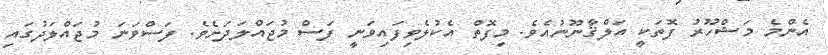
އެންމެ މަޝްހޫރު ފޮތަކީ އަލްޤާނޫނުއެވެ. މިފޮތް އެކުލެވިފައިވަނީ ފަސް މުޖައްލަދަށެވެ. ފަސްވަނަ މުޖައްލަދުގައި